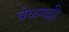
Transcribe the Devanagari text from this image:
बेळगल्ली